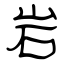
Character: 岩